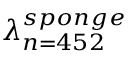
\lambda _ { n = 4 5 2 } ^ { s p o n g e }